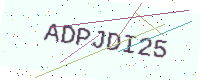
Text: ADPJDI25